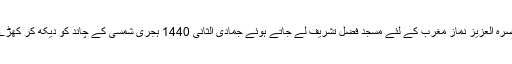
٭…07؍فروری بروزجمعرات: حضورِ انور ایدہ اللہ تعالیٰ بنصرہ العزیز نمازِ مغرب کے لئے مسجد فضل تشریف لے جاتے ہوئے جمادی الثانی 1440 ہجری شمسی کے چاند کو دیکھ کر کھڑے ہو گئے اور سنّتِ نبوی کی پیروی میں ہاتھ اٹھا کر دعا کی۔